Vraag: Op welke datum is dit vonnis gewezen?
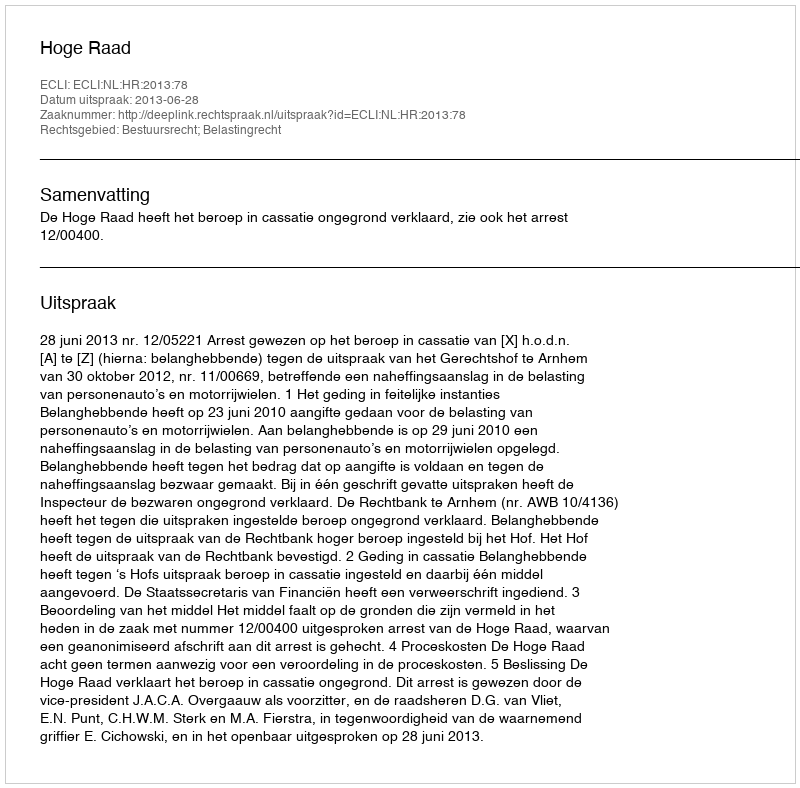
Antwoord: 2013-06-28